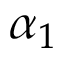
\alpha _ { 1 }